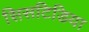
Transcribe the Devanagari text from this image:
सिसटिडिया